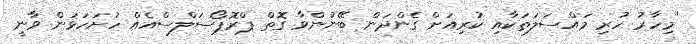
"މިހާރު ހުރި މައްސަލަތަކާއި ކުރިއަށް ގެންދަން ބޭނުންވާ ގޮތް ޕްރޮޕޯސަލްސްއެއް ހުށަހަޅަން ވާނީ